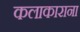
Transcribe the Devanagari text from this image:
कलाकाराना